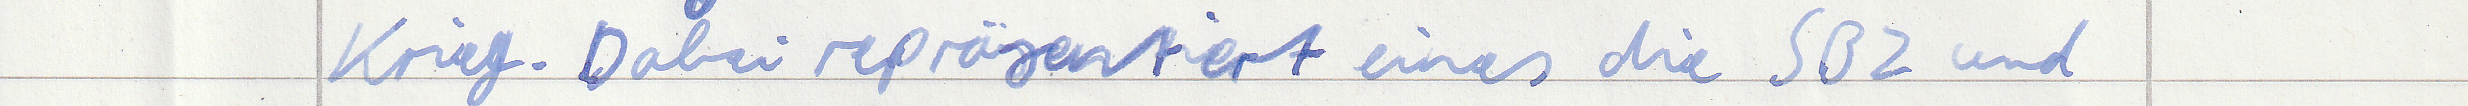
Krieg. Dabei repräsentiert eines die SBZ und